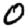
Digit: 0